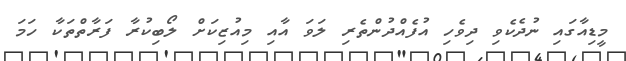
މީޑިއާގައި ނުދެކެވި ދިވެހި އުފެއްދުންތެރި ލަވަ އާއި މިއުޒިކަށް ލޯބިކުރާ ފަރާތްތަކާ ހަމަ